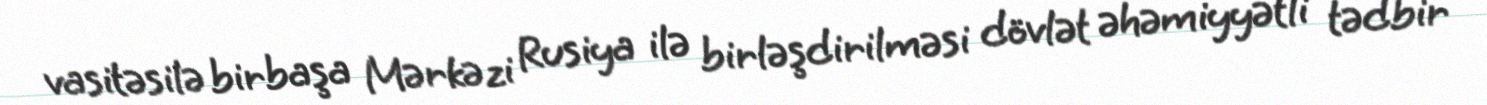
vasitəsilə birbaşa Mərkəzi Rusiya ilə birləşdirilməsi dövlət əhəmiyyətli tədbir